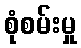
စုံစမ်းမှု